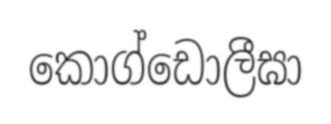
කොග්ඩොලීඝා